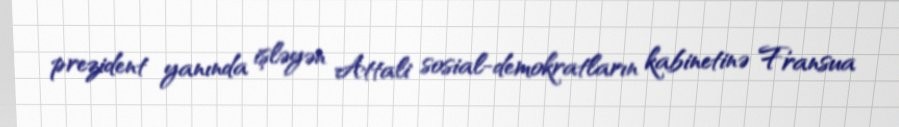
prezident yanında işləyən Attali sosial-demokratların kabinetinə Fransua